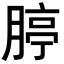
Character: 𦝞